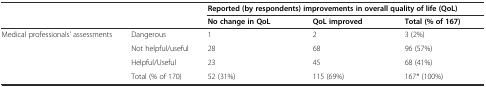
| <ROWSPAN=2-COLSPAN=2>  | <COLSPAN=3> Reported (by respondents) improvements in overall quality of life (QoL) |
 | No change in QoL | QoL improved | Total (% of 167) |
 | --- | --- | --- | --- | --- |
 | <ROWSPAN=3> Medical professionals’ assessments | Dangerous | 1 | 2 | 3 (2%) |
 | Not helpful/useful | 28 | 68 | 96 (57%) |
 | Helpful/Useful | 23 | 45 | 68 (41%) |
 |  | Total (% of 170) | 52 (31%) | 115 (69%) | 167* (100%) |